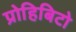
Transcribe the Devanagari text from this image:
प्रोहिबिटो